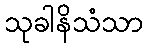
သုခါနိသံသာ